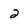
Character: 2